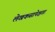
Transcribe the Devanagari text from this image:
लेखकसापेक्षता